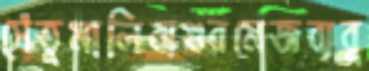
সেঁতুমালিবাগুরমেজবাবু